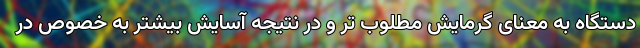
دستگاه به معنای گرمایش مطلوب تر و در نتیجه آسایش بیشتر به خصوص در